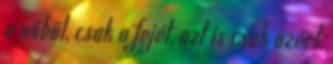
a nőből, csak a fejét, azt is csak azért,